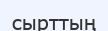
сырттың